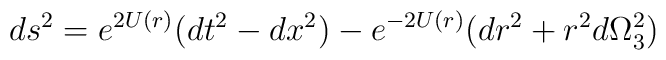
ds^2=e^{2U(r)}(dt^2-dx^2)-e^{-2U(r)}(dr^2+r^2d\Omega_3^2)